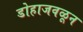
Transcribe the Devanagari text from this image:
डोहाजवळून